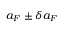
a _ { F } \pm \delta a _ { F }